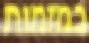
במזמות